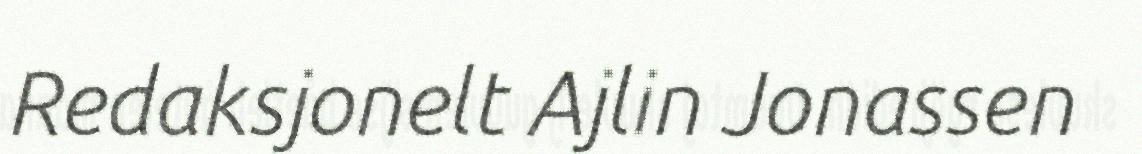
Redaksjonelt Ajlin Jonassen